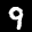
Label: 9